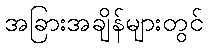
အခြားအချိန်များတွင်